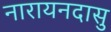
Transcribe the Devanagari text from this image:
नारायनदासु